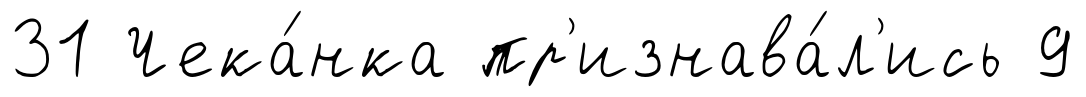
31 Чека́нка пр'изнава́л'ись 9